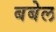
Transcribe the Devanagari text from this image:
बबेल